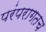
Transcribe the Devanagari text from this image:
परंपरागतच